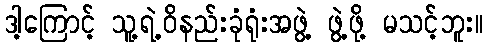
ဒါ့ကြောင့် သူ့ရဲ့ဝိနည်းခုံရုံးအဖွဲ့ ဖွဲ့ဖို့ မသင့်ဘူး။